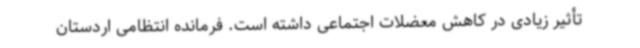
تأثیر زیادی در کاهش معضلات اجتماعی داشته است. فرمانده انتظامی اردستان